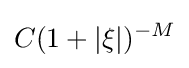
C(1+|\xi |)^{-M}